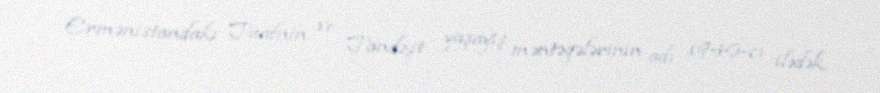
Ermənistandakı Tuafnin ve Tandzit yaşayış məntəqələrinin adı 1946-cı ilədək,